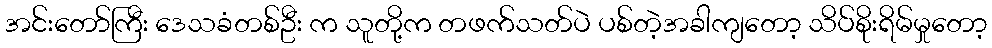
အင်းတော်ကြီး ဒေသခံတစ်ဦး က သူတို့က တဖက်သတ်ပဲ ပစ်တဲ့အခါကျတော့ သိပ်စိုးရိမ်မှုတော့